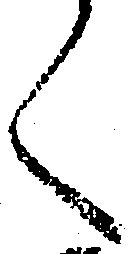
く